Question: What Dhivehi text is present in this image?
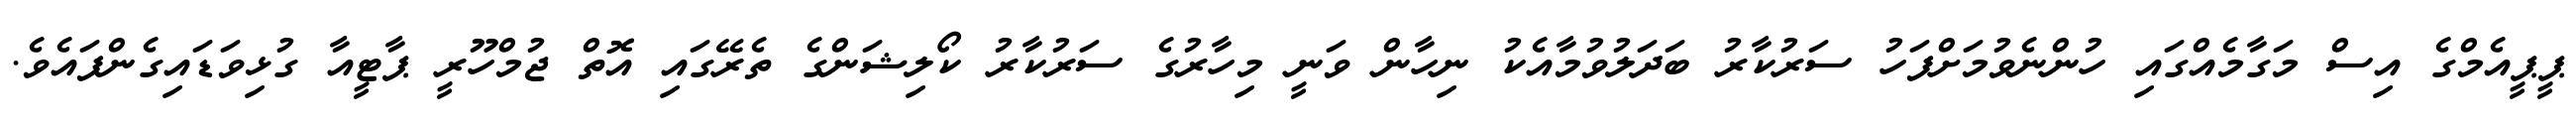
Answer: ޕީޕީއެމްގެ އިސް މަގާމެއްގައި ހުންނެވުމަށްފަހު ސަރުކާރު ބަދަލުވުމާއެކު ނިހާން ވަނީ މިހާރުގެ ސަރުކާރު ކޯލިޝަންގެ ތެރޭގައި އޮތް ޖުމްހޫރީ ޕާޓީއާ ގުޅިވަޑައިގެންފައެވެ.